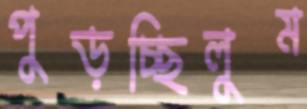
পুড়চ্ছিলুম